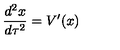
{ \frac { d ^ { 2 } x } { d \tau ^ { 2 } } } = V ^ { \prime } ( x )